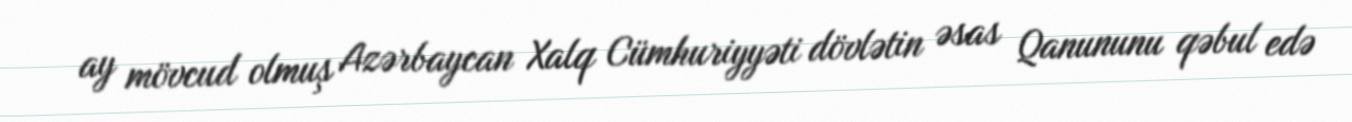
ay mövcud olmuş Azərbaycan Xalq Cümhuriyyəti dövlətin əsas Qanununu qəbul edə